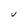
Character: U